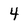
Character: 4